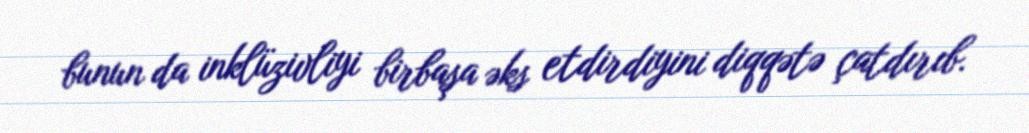
bunun da inklüzivliyi birbaşa əks etdirdiyini diqqətə çatdırıb.